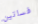
فساتين